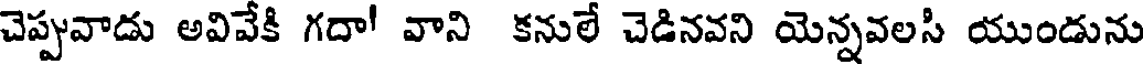
చెప్పువాడు అవివేకి గదా! వాని కనులే చెడినవని యెన్నవలసి యుండును